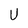
Character: U